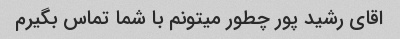
اقای رشید پور چطور میتونم با شما تماس بگیرم